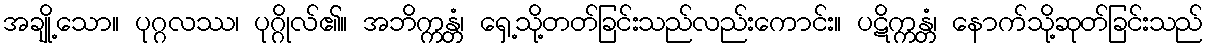
အချို့သော။ ပုဂ္ဂလဿ၊ ပုဂ္ဂိုလ်၏။ အဘိက္ကန္တံ၊ ရှေ့သို့တတ်ခြင်းသည်လည်းကောင်း။ ပဋိက္ကန္တံ၊ နောက်သို့ဆုတ်ခြင်းသည်